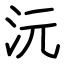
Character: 沅